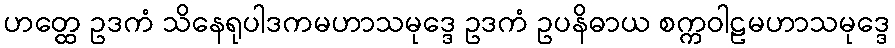
ဟတ္ထေ ဥဒကံ သိနေရုပါဒကမဟာသမုဒ္ဒေ ဥဒကံ ဥပနိဓာယ စက္ကဝါဠမဟာသမုဒ္ဒေ